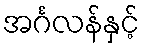
အင်္ဂလန်နှင့်